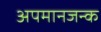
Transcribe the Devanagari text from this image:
अपमानजन्क